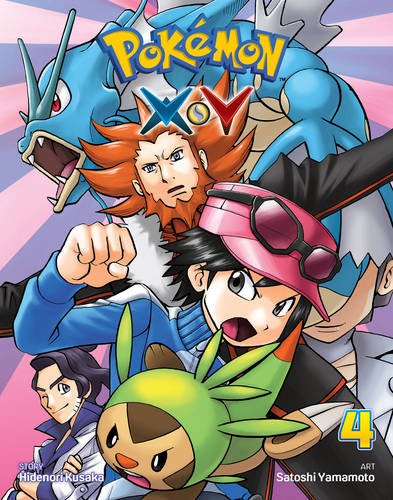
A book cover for PokÃ©mon XY, Vol. 4 (Pokemon); Hidenori Kusaka; Children's Books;